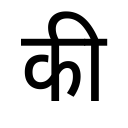
OCR:
की